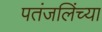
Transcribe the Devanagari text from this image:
पतंजलिंच्या